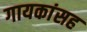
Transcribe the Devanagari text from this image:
गायकांसह